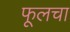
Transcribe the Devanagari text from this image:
फूलचा